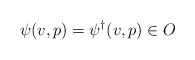
\begin{align*}\psi(v,p) = \psi^\dagger(v,p) \in O\end{align*}